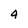
Character: 4